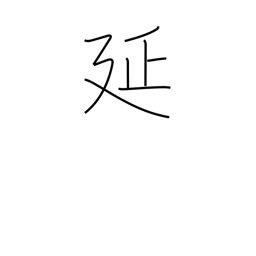
Meaning: stretching